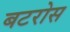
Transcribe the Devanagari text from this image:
बटरोस